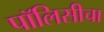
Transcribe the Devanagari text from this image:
पॉलिसीचा